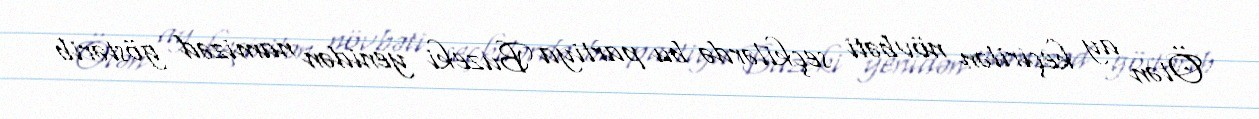
Ötən ay keçirilən növbəti seçkilərdə bu partiya Buzeki yenidən namizəd göstərib